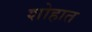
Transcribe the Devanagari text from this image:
शोहात